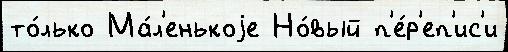
то́лько Ма́л'енькоjе Но́вый п'е́р'еп'ис'и